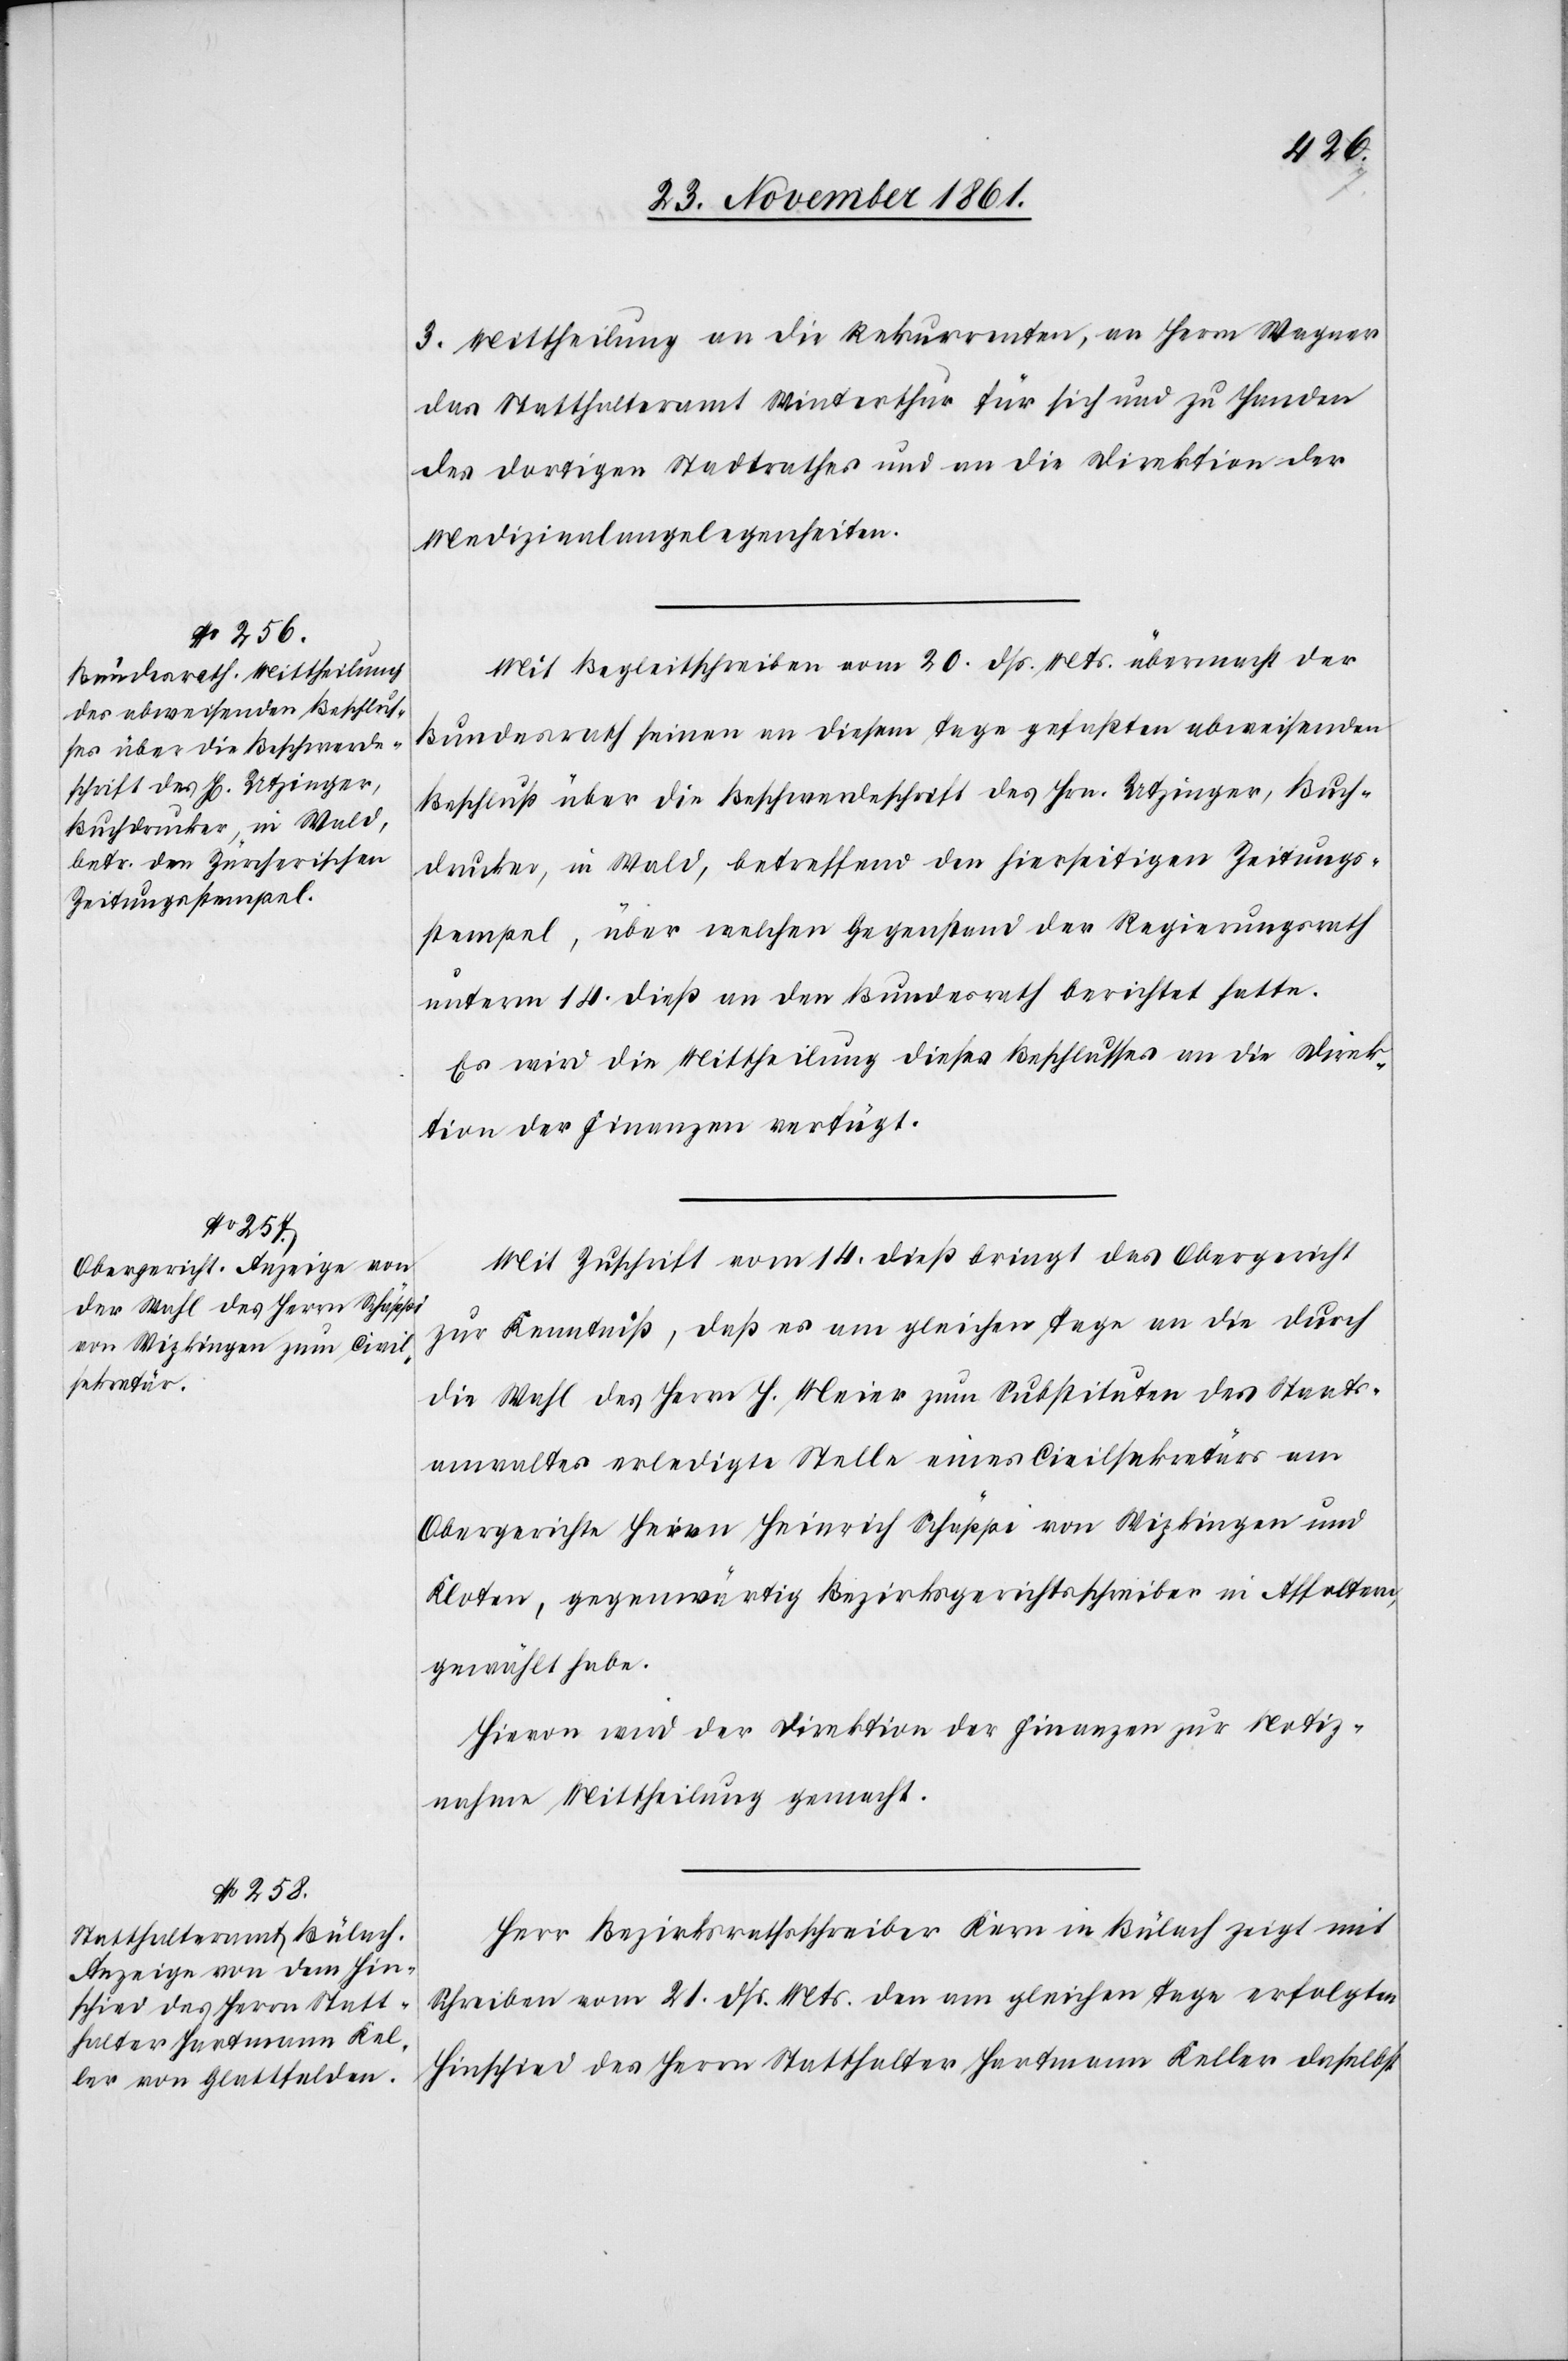
Mit Begleitschreiben vom 20 dß. Mts. übermacht der
Bundesrath seinen an diesem Tage gefaßten abweisenden
Beschluß über die Beschwerdeschrift des Hrn. Utzinger, Buch¬
drucker, in Wald, betreffend den hierseitigen Zeitungs¬
stempel, über welchen Gegenstand der Regierungsrath
unterm 14 dieß an den Bundesrath berichtet hatte.
Es wird die Mittheilung dieses Beschlusses an die Direk¬
tion der Finanzen verfügt.
Mit Zuschrift vom 14 dieß bringt das Obergericht
zur Kenntniß, daß es am gleichen Tage an die durch
die Wahl des Herrn J. Meier zum Substituten des Staats¬
anwaltes erledigte Stelle eines Civilsekretärs am
Obergerichte Herrn Heinrich Schäppi von Wipkingen und
Kloten, gegenwärtig Bezirksgerichtsschreiber in Affoltern,
gewählt habe.
Hievon wird der Direktion der Finanzen zur Notiz¬
nahme Mittheilung gemacht.
Herr Bezirksrathsschreiber Kern in Bülach zeigt mit
Schreiben vom 21 dß. Mts. den am gleichen Tage erfolgten
Hinschied des Herrn Statthalter Hartmann Keller daselbst